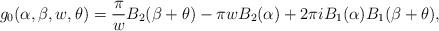
LaTeX: \begin{align*}g_0(\alpha,\beta,w,\theta)=\frac{\pi}{w}B_2(\beta+\theta)-\pi w B_2(\alpha)+2\pi i B_1(\alpha)B_1(\beta+\theta),\end{align*}